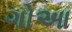
ગોઆ